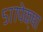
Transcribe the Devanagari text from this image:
५७७पेक्षा